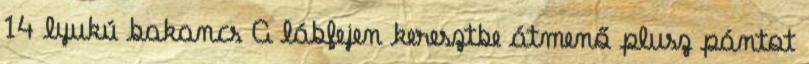
14 lyukú bakancs A lábfejen keresztbe átmenő plusz pántot